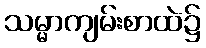
သမ္မာကျမ်းစာထဲ၌